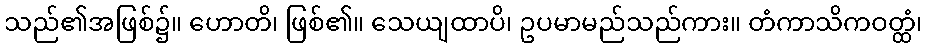
သည်၏အဖြစ်၌။ ဟောတိ၊ ဖြစ်၏။ သေယျထာပိ၊ ဥပမာမည်သည်ကား။ တံကာသိကဝတ္ထံ၊